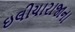
ઇલીયારાજાના